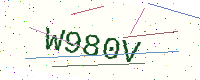
Text: W980V